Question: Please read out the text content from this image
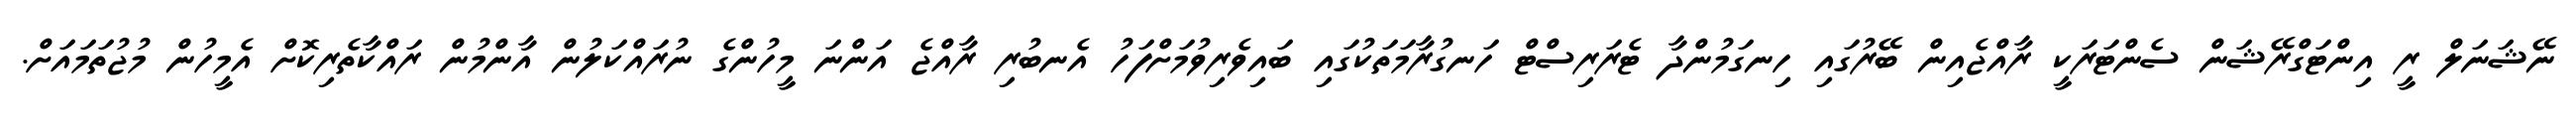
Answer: ނޭޝަނަލް ރީ އިންޓަގްރޭޝަން ސެންޓަރަކީ ރާއްޖެއިން ބޭރުގައި ހިނގަމުންދާ ޓެރަރިސްޓް ހަނގުރާމަތަކުގައި ބައިވެރިވުމަށްފަހު އެނބުރި ރާއްޖެ އަންނަ މީހުންގެ ނުރައްކަލުން އާންމުން ރައްކާތެރިކޮށް އެމީހުން މުޖުތަމައަށް.